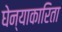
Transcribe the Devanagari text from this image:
घेन्याकारिता